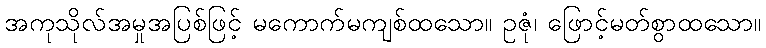
အကုသိုလ်အမှုအပြစ်ဖြင့် မကောက်မကျစ်ထသော။ ဥဇုံ၊ ဖြောင့်မတ်စွာထသော။